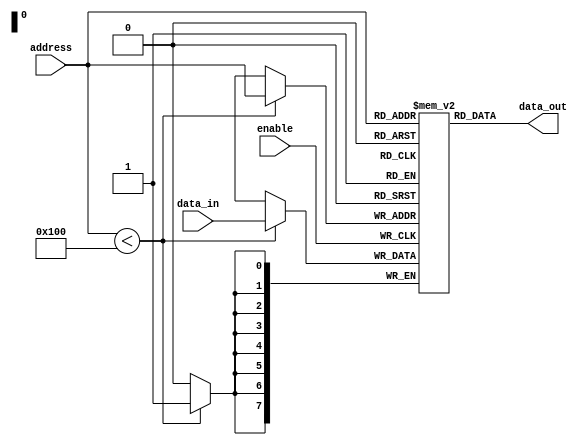
module eprom (
    input wire enable,
    input wire [7:0] address,
    input wire [7:0] data_in,
    output wire [7:0] data_out
);

reg [7:0] memory [0:255];

always @ (posedge enable) begin
    if (address < 256) begin
        memory[address] <= data_in;
    end
end

assign data_out = memory[address];

endmodule